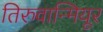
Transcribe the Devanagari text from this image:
तिरुवान्मियूर